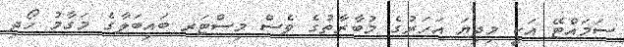
ސަމައްޓޭ އަކީ މިދިޔަ އަހަރުގެ މުބާރާތުގެ ވެސް މިސްޓަރ ބައިބަލާގެ މަގާމު ހޯދި